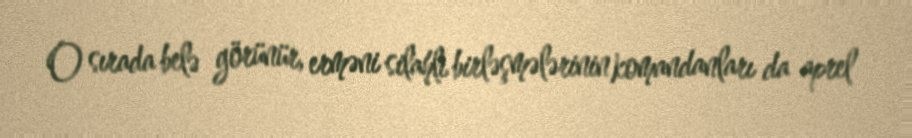
O sırada belə görünür, erməni silahlı birləşmələrinin komandanları da aprel